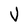
Character: V